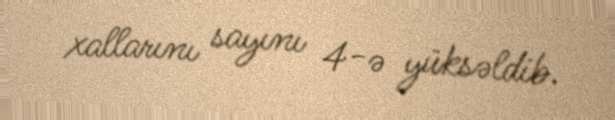
xallarını sayını 4-ə yüksəldib.